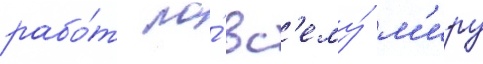
рабо́т по́ вс'ему́ м'иру